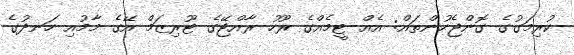
ކުރިމަގުގެ ގޮންޖެހުންތައް: އެއް ޓީމެއްގެ ރޫހު ރާއްޖޭގެ ޓޫރިޒަމް އޭގެ މާމުއި ހަނދުގެ